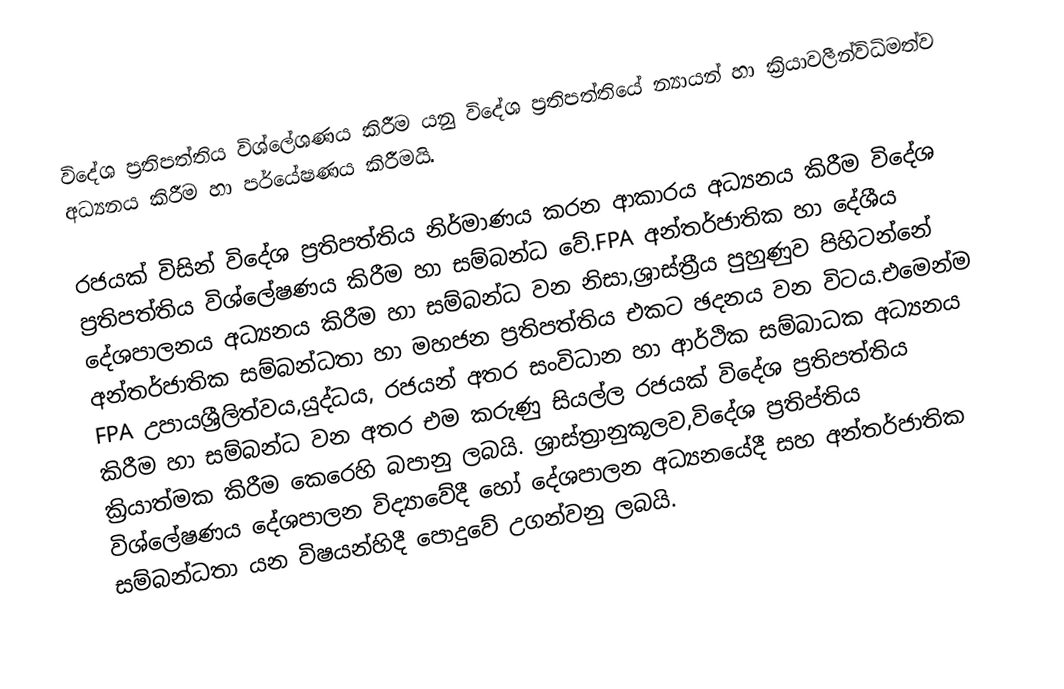
විදේශ ප්‍රතිපත්තිය විශ්ලේශණය කිරීම යනු විදේශ ප්‍රතිපත්තියේ න්‍යායන් හා ක්‍රියාවලීන්විධිමත්ව අධ්‍යනය කිරීම හා පර්යේෂණය කිරීමයි.

රජයක් විසින් විදේශ ප්‍රතිපත්තිය නිර්මාණය කරන ආකාරය අධ්‍යනය කිරීම විදේශ ප්‍රතිපත්තිය විශ්ලේෂණය කිරීම හා සම්බන්ධ වේ.‍FPA අන්තර්ජාතික හා දේශීය දේශපාලනය අධ්‍යනය කිරීම හා සම්බන්ධ වන නිසා,ශ්‍රාස්ත්‍රීය පුහුණුව පිහිටන්නේ අන්තර්ජාතික සම්බන්ධතා හා මහජන ප්‍රතිපත්තිය එකට ඡදනය වන විටය.එමෙන්ම FPA	උපායශ්‍රීලිත්වය,යුද්ධය, රජයන් අතර සංවිධාන හා ආර්ථික සම්බාධක අධ්‍යනය කිරීම හා සම්බන්ධ වන අතර එම කරුණු සියල්ල රජයක් විදේශ ප්‍රතිපත්තිය ක්‍රියාත්මක කිරීම කෙරෙහි බපානු ලබයි. ශ්‍රාස්ත්‍රානුකූලව,විදේශ ප්‍රතිප්තිය විශ්ලේෂණය දේශපාලන විද්‍යාවේදී හෝ දේශපාලන අධ්‍යනයේදී සහ අන්තර්ජාතික සම්බන්ධතා යන විෂයන්හිදී පොදුවේ උගන්වනු ලබයි.